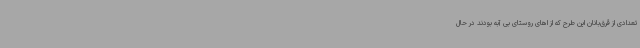
تعدادی از قرق‌بانان این طرح که از اهای روستای بی آبه بودند در حال